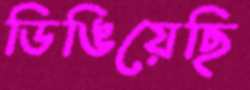
ডিঙিয়েছি